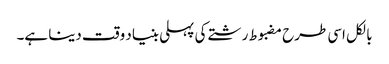
بالکل اسی طرح مضبوط رشتے کی پہلی بنیاد وقت دینا ہے۔